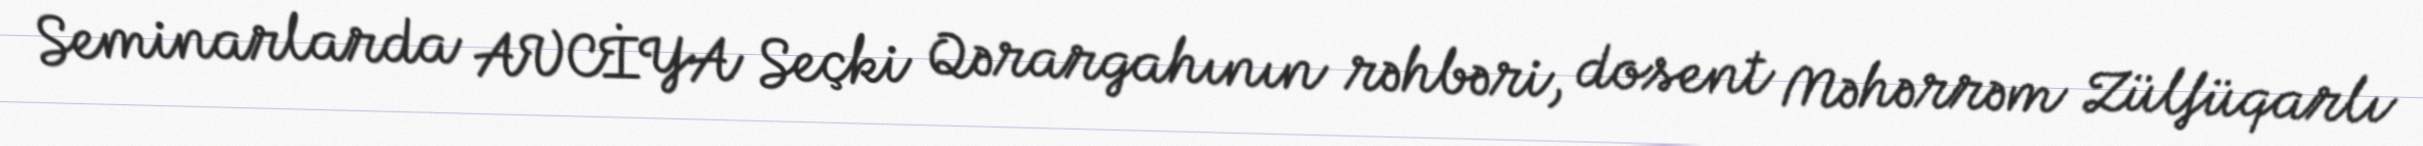
Seminarlarda AVCİYA Seçki Qərargahının rəhbəri, dosent Məhərrəm Zülfüqarlı